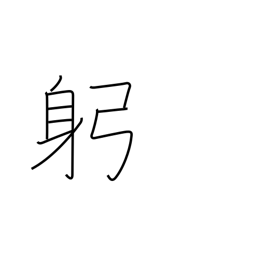
Meaning: body